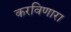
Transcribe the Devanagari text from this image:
करविणारा